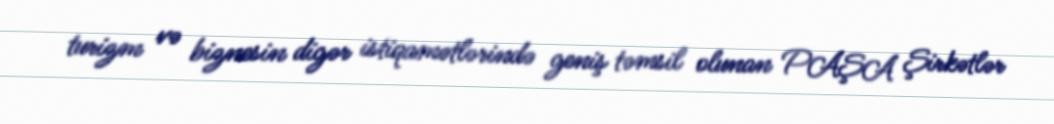
turizm və biznesin digər istiqamətlərində geniş təmsil olunan PAŞA Şirkətlər